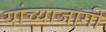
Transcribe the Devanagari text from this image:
यांच्याजागी